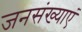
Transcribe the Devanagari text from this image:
जनसंख्याएं